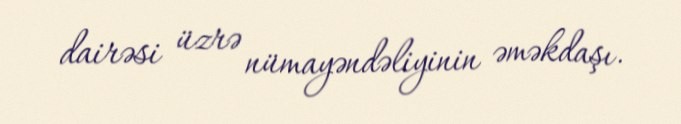
dairəsi üzrə nümayəndəliyinin əməkdaşı.